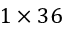
1 \times 3 6